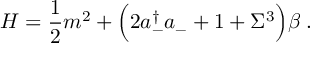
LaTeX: { \cal H } = \frac 1 2 m ^ { 2 } + \Bigl ( 2 a _ { - } ^ { \dagger } a _ { - } + 1 + \Sigma ^ { 3 } \Bigr ) \beta \; .